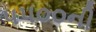
૫૫૦૦ની